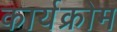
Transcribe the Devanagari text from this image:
कार्यक्रोम